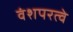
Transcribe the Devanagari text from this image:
वंशपरत्वे